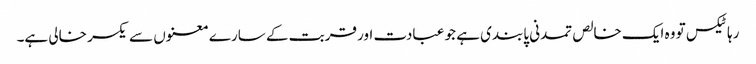
رہا ٹیکس تو وہ ایک خالص تمدنی پابندی ہے جو عبادت اور قربت کے سارے معنوں سے یکسر خالی ہے۔